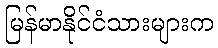
မြန်မာနိုင်ငံသားများက